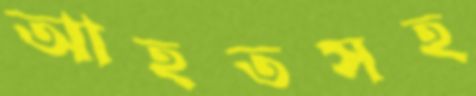
আহতসহ